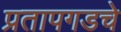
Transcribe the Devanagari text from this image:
प्रतापगडचे